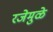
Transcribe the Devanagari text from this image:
रजेमुळे